Language: tamil
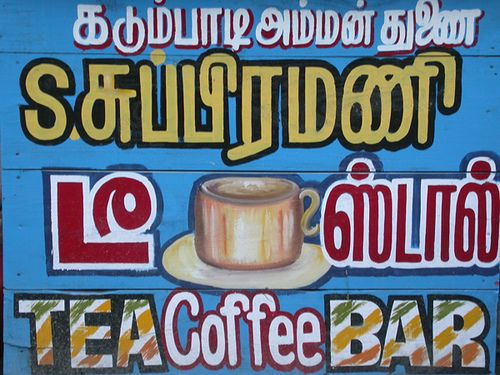
Transcription: கடும்பாடி அம்மன் துணை சுப்பிரமணி டீ ஸ்டால்